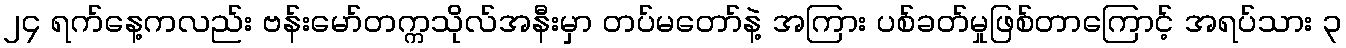
၂၄ ရက်နေ့ကလည်း ဗန်းမော်တက္ကသိုလ်အနီးမှာ တပ်မတော်နဲ့ အကြား ပစ်ခတ်မှုဖြစ်တာကြောင့် အရပ်သား ၃